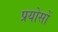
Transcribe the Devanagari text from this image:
प्रयोसों